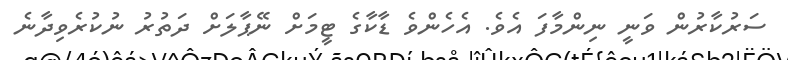
ސަރުކާރުން ވަނީ ނިންމާފަ އެވެ. އެހެންވެ ޑާކާގެ ޓީމަށް ނޭޕާލަށް ދަތުރު ނުކުރެވިދާނެ